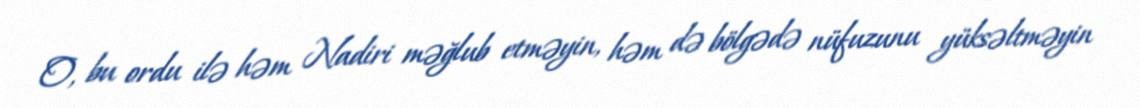
O, bu ordu ilə həm Nadiri məğlub etməyin, həm də bölgədə nüfuzunu yüksəltməyin